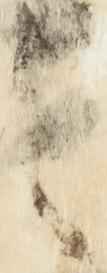
之